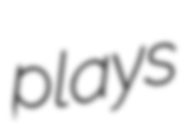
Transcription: plays